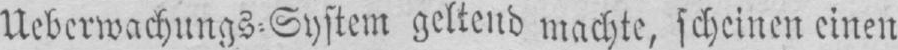
Ueberwachungs⸗System geltend machte, scheinen einen